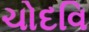
ચોદવિ